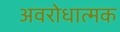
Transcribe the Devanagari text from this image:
अवरोधात्मक